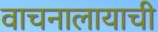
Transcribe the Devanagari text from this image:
वाचनालायाची